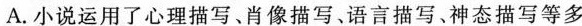
A.小说运用了心理描写、肖像描写、语言描写、神态描写等多